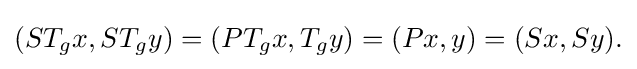
\displaystyle {(ST_{g}x,ST_{g}y)=(PT_{g}x,T_{g}y)=(Px,y)=(Sx,Sy).}